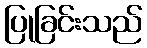
ပြုခြင်းသည်